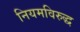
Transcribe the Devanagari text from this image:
नियमविरुद्ध